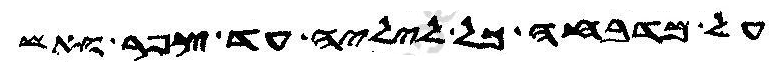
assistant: על מדבחה כל ליליה עד צפר ואש